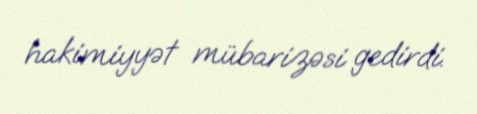
hakimiyyət mübarizəsi gedirdi.